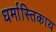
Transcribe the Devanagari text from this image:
धर्मास्तिकाय